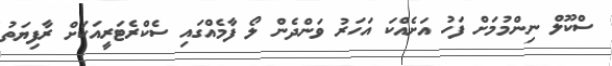
ސްކޫލް ނިންމުމަށް ފަހު އަށެއްކަ އަހަރު ވަންދެން ލޯ ފާމެއްގައި ސެކްރެޓަރީއަކަށް ރާފިޔަތު